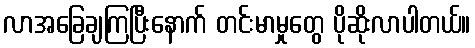
လာအခြေချကြပြီးနောက် တင်းမာမှုတွေ ပိုဆိုးလာပါတယ်။